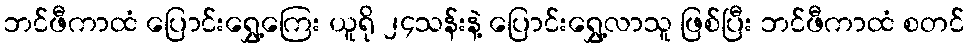
ဘင်ဖီကာထံ ပြောင်းရွှေ့ကြေး ယူရို ၂၄သန်းနဲ့ ပြောင်းရွှေ့လာသူ ဖြစ်ပြီး ဘင်ဖီကာထံ စတင်